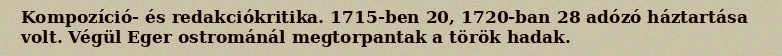
Kompozíció- és redakciókritika. 1715-ben 20, 1720-ban 28 adózó háztartása volt. Végül Eger ostrománál megtorpantak a török hadak.